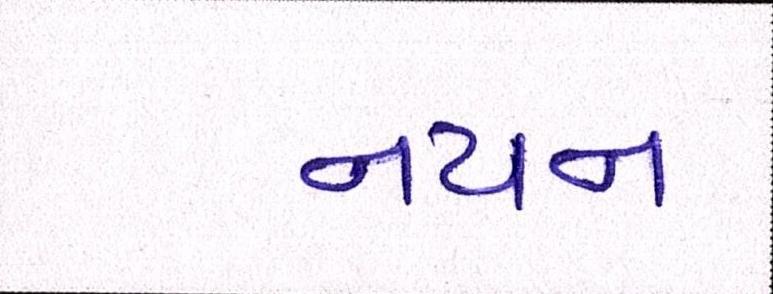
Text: નયન